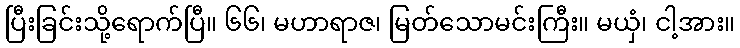
ပြီးခြင်းသို့ရောက်ပြီ။ ၆၆၊ မဟာရာဇ၊ မြတ်သောမင်းကြီး။ မယှံ၊ ငါ့အား။